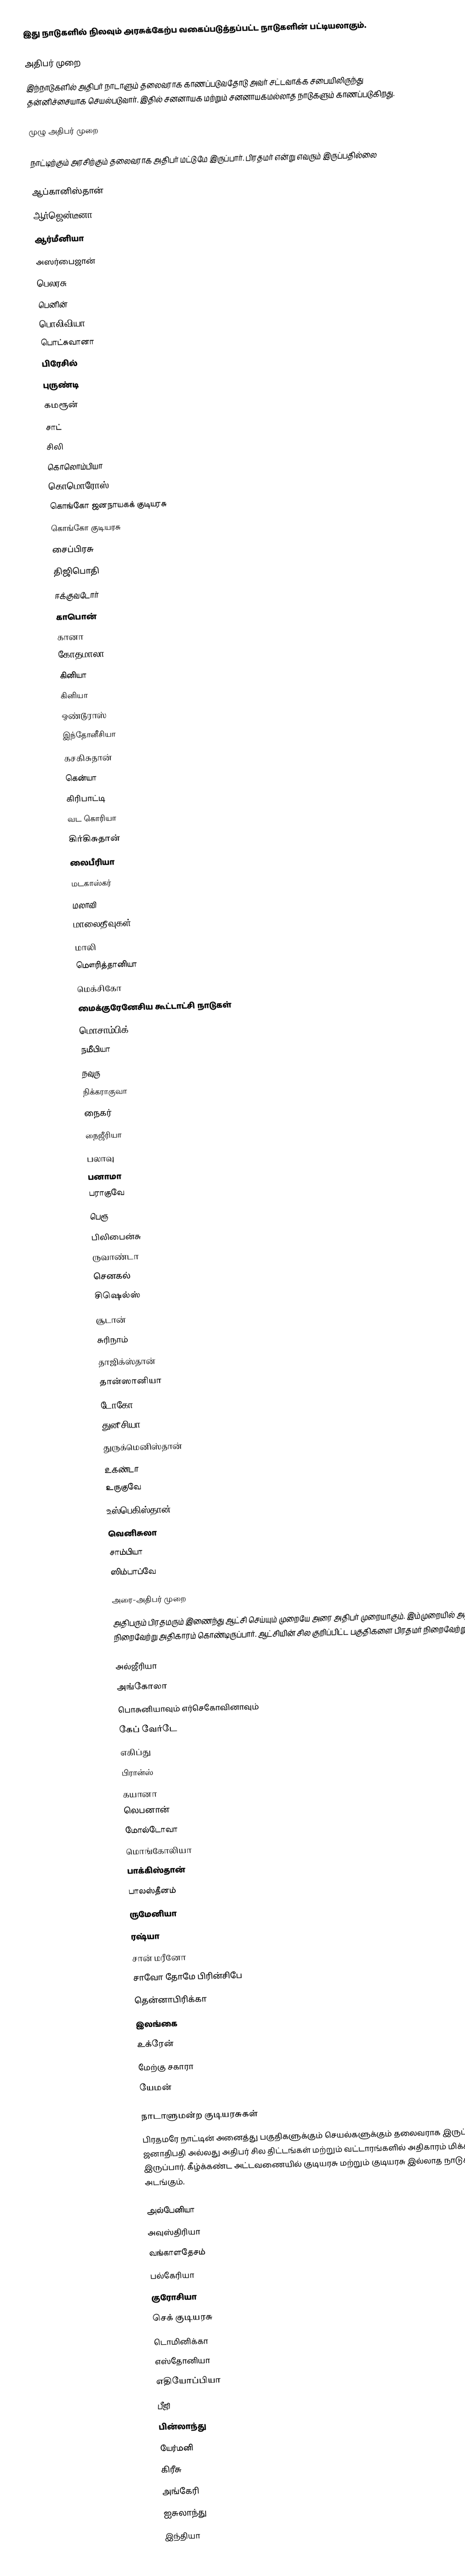
இது நாடுகளில் நிலவும் அரசுக்கேற்ப வகைப்படுத்தப்பட்ட நாடுகளின் பட்டியலாகும்.

அதிபர் முறை
இந்நாடுகளில் அதிபர் நாடாளும் தலைவராக காணப்படுவதோடு அவர் சட்டவாக்க சபையிலிருந்து தன்னிச்சையாக செயல்படுவார். இதில் சனனாயக மற்றும் சனனாயகமல்லாத நாடுகளும் காணப்படுகிறது.

முழு அதிபர் முறை

நாட்டிற்கும் அரசிற்கும் தலைவராக அதிபர் மட்டுமே இருப்பார். பிரதமர் என்று எவரும் இருப்பதில்லை

 ஆப்கானிஸ்தான்
 ஆர்ஜென்டீனா
 ஆர்மீனியா
 அஸர்பைஜான்
 பெலரசு
 பெனின்
 பொலிவியா
 பொட்சுவானா
 பிரேசில்
 புருண்டி
 கமரூன்
 சாட்
 சிலி
 கொலொம்பியா
 கொமொரோஸ்
 கொங்கோ ஜனநாயகக் குடியரசு
 கொங்கோ குடியரசு
 சைப்பிரசு
 திஜிபொதி
 ஈக்குவடோர்
 காபொன்
 கானா
 கோதமாலா
 கினியா
 கினியா
 ஒண்டூராஸ்
 இந்தோனீசியா
 கசகிசுதான்
 கென்யா
 கிரிபாட்டி
 வட கொரியா
 கிர்கிசுதான்
 லைபீரியா
 மடகாஸ்கர்
 மலாவி
 மாலைதீவுகள்
 மாலி
 மௌரித்தானியா
 மெக்சிகோ
 மைக்குரேனேசிய கூட்டாட்சி நாடுகள்
 மொசாம்பிக்
 நமீபியா
 நவுரு
 நிக்கராகுவா
 நைகர்
 நைஜீரியா
 பலாவு
 பனாமா
 பராகுவே
 பெரூ
 பிலிபைன்சு
 ருவாண்டா
 செனகல்
 சிஷெல்ஸ்
 சூடான்
 சுரிநாம்
 தாஜிக்ஸ்தான்
 தான்ஸானியா
 டோகோ
 துனீசியா
 துருக்மெனிஸ்தான்
 உகண்டா
 உருகுவே
 உஸ்பெகிஸ்தான்
 வெனிசுலா
 சாம்பியா
 ஸிம்பாப்வே

அரை-அதிபர் முறை
அதிபரும் பிரதமரும் இணைந்து ஆட்சி செய்யும் முறையே அரை அதிபர் முறையாகும். இம்முறையில் அதிபர் நிறைவேற்று அதிகாரம் கொண்டிருப்பார். ஆட்சியின் சில குறிப்பிட்ட பகுதிகளை பிரதமர் நிறைவேற்றுவார்.

 அல்ஜீரியா
 அங்கோலா
 பொசுனியாவும் எர்செகோவினாவும்
 கேப் வேர்டே
 எகிப்து
 பிரான்ஸ்
 கயானா
 லெபனான்
 மோல்டோவா
 மொங்கோலியா
 பாக்கிஸ்தான்
 பாலஸ்தீனம்
 ருமேனியா
 ரஷ்யா
 சான் மரீனோ
 சாவோ தோமே பிரின்சிபே
 தென்னாபிரிக்கா
 இலங்கை
 உக்ரேன்
 மேற்கு சகாரா
 யேமன்

நாடாளுமன்ற குடியரசுகள்
பிரதமரே நாட்டின் அனைத்து பகுதிகளுக்கும் செயல்களுக்கும் தலைவராக இருப்பார். ஜனாதிபதி அல்லது அதிபர் சில திட்டங்கள் மற்றும் வட்டாரங்களில் அதிகாரம் மிக்கவராக இருப்பார். கீழ்க்கண்ட அட்டவணையில் குடியரசு மற்றும் குடியரசு இல்லாத நாடுகளும் அடங்கும்.

  அல்பேனியா
  அவுஸ்திரியா
  வங்காளதேசம்
  பல்கேரியா
  குரோசியா
  செக் குடியரசு
  டொமினிக்கா
  எஸ்தோனியா
  எதியோப்பியா
  பீஜி
  பின்லாந்து
  யேர்மனி
  கிரீசு
  அங்கேரி
  ஐசுலாந்து
  இந்தியா